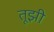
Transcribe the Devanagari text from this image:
तूझी